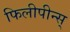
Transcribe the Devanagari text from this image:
फिलीपीन्स्